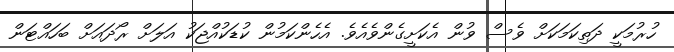
ހުރުމަކީ ދަތިކަމަކަށް ވެސް ވުން އެކަށީގެންވެއެވެ. އެހެންކަމުން ކުޑަކުއްޖަކު އަލަށް ރޯދައަށް ބަހައްޓަން